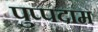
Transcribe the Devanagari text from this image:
पुप्पदाम